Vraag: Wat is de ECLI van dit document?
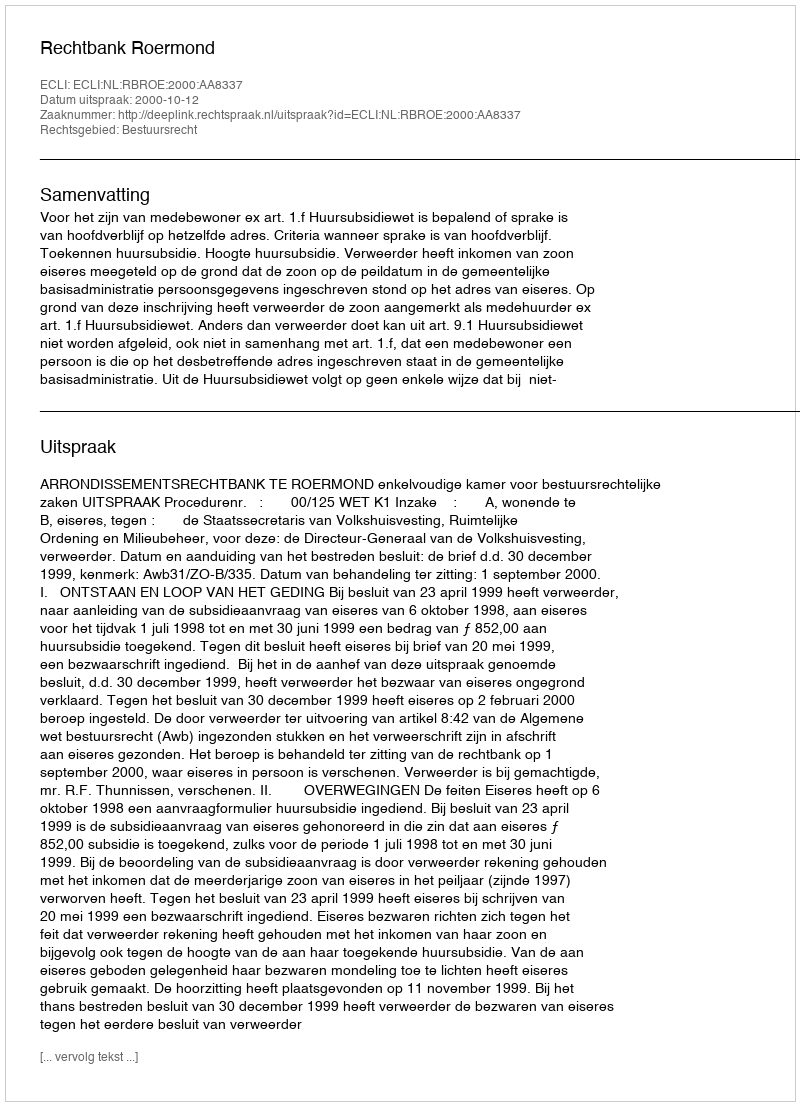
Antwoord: ECLI:NL:RBROE:2000:AA8337